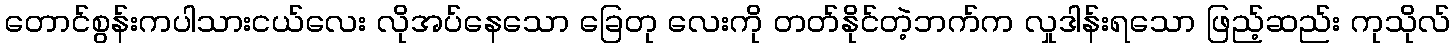
တောင်စွန်းကပါသားငယ်လေး လိုအပ်နေသော ခြေတု လေးကို တတ်နိုင်တဲ့ဘက်က လှုဒါန်းရသော ဖြည့်ဆည်း ကုသိုလ်